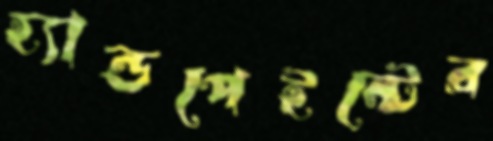
হ্যান্ডপেইন্টের